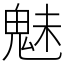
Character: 魅